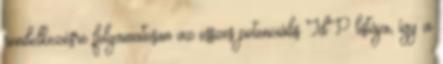
rendelkezésre folyamatosan az összes potenciális IdP listája, így a